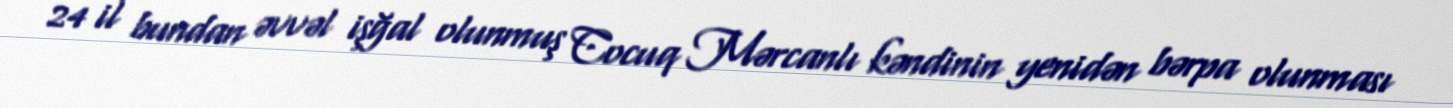
24 il bundan əvvəl işğal olunmuş Cocuq Mərcanlı kəndinin yenidən bərpa olunması